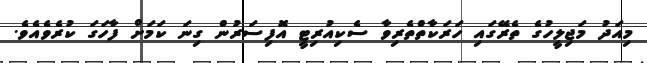
މިއަދު މަޖިލީހުގެ ތެރޭގައި ހަރަކާތްތެރިވާ ސެކިއުރިޓީ އޮފިސަރުން ގިނަ ކަމަށް ފާހަގަ ކުރެވެއެވެ.